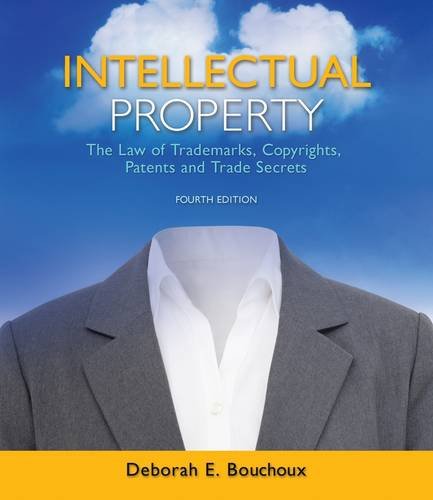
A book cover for Intellectual Property: The Law of Trademarks, Copyrights, Patents, and Trade Secrets; Deborah E. Bouchoux; Law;